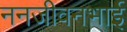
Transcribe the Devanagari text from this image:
ननजीवनभाई